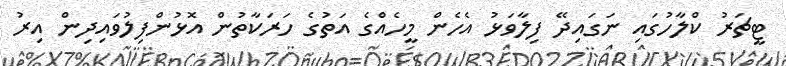
ޓީޗަރު ކްލާހުގައި ނަގައިދޭ ފިލާވަޅު އެހެން މީހެއްގެ އަތުގެ ހަރަކާތުން އޮޅުންފިލުވައިދިން އިރު